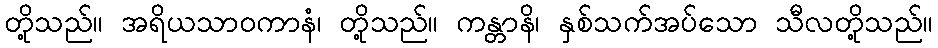
တို့သည်။ အရိယသာဝကာနံ၊ တို့သည်။ ကန္တာနိ၊ နှစ်သက်အပ်သော သီလတို့သည်။